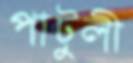
পাটুলী